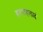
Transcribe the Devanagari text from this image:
ह्रदयाहलादं